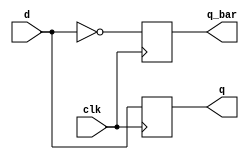
module d_flip_flop (
    input wire clk,    // Clock input
    input wire d,      // Data input
    output reg q,      // Output
    output reg q_bar   // Inverted output
);
    
    // Non-blocking assignment for sequential logic
    always @(posedge clk) begin
        q <= d;            // Update output q with input d at the rising edge of clk
        q_bar <= ~d;      // Update inverted output q_bar with the negation of d
    end

endmodule